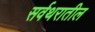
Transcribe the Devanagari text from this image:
सर्वथरातील